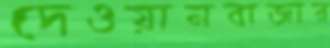
দেওয়ানবাজার